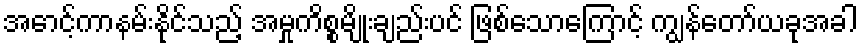
အောင့်ကာနမ်းနိုင်သည့် အမှုကိစ္စမျိုးချည်းပင် ဖြစ်သောကြောင့် ကျွန်တော်ယခုအခါ